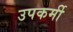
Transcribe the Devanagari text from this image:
उपकर्मी